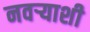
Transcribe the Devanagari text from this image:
नवर्‍याशी